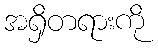
အရှိတရားကို